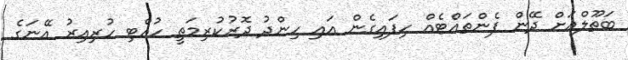
ބަތޫލްއަށް ދޭން ފެންތައްޓެއް ހިފައިގެން އައި ހިންދު ދޮރުކުރިމަތީ ހުއްޓި ހުރިއިރު އޭނަގެ